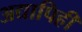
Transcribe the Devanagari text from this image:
अद्यापिही